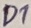
Text: D1